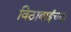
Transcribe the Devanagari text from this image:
विठाबाईंच्या